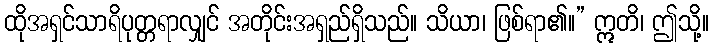
ထိုအရှင်သာရိပုတ္တရာလျှင် အတိုင်းအရှည်ရှိသည်။ သိယာ၊ ဖြစ်ရာ၏။” ဣတိ၊ ဤသို့။